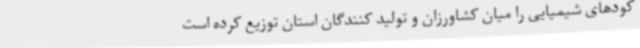
کودهای شیمیایی را میان کشاورزان و تولید کنندگان استان توزیع کرده است